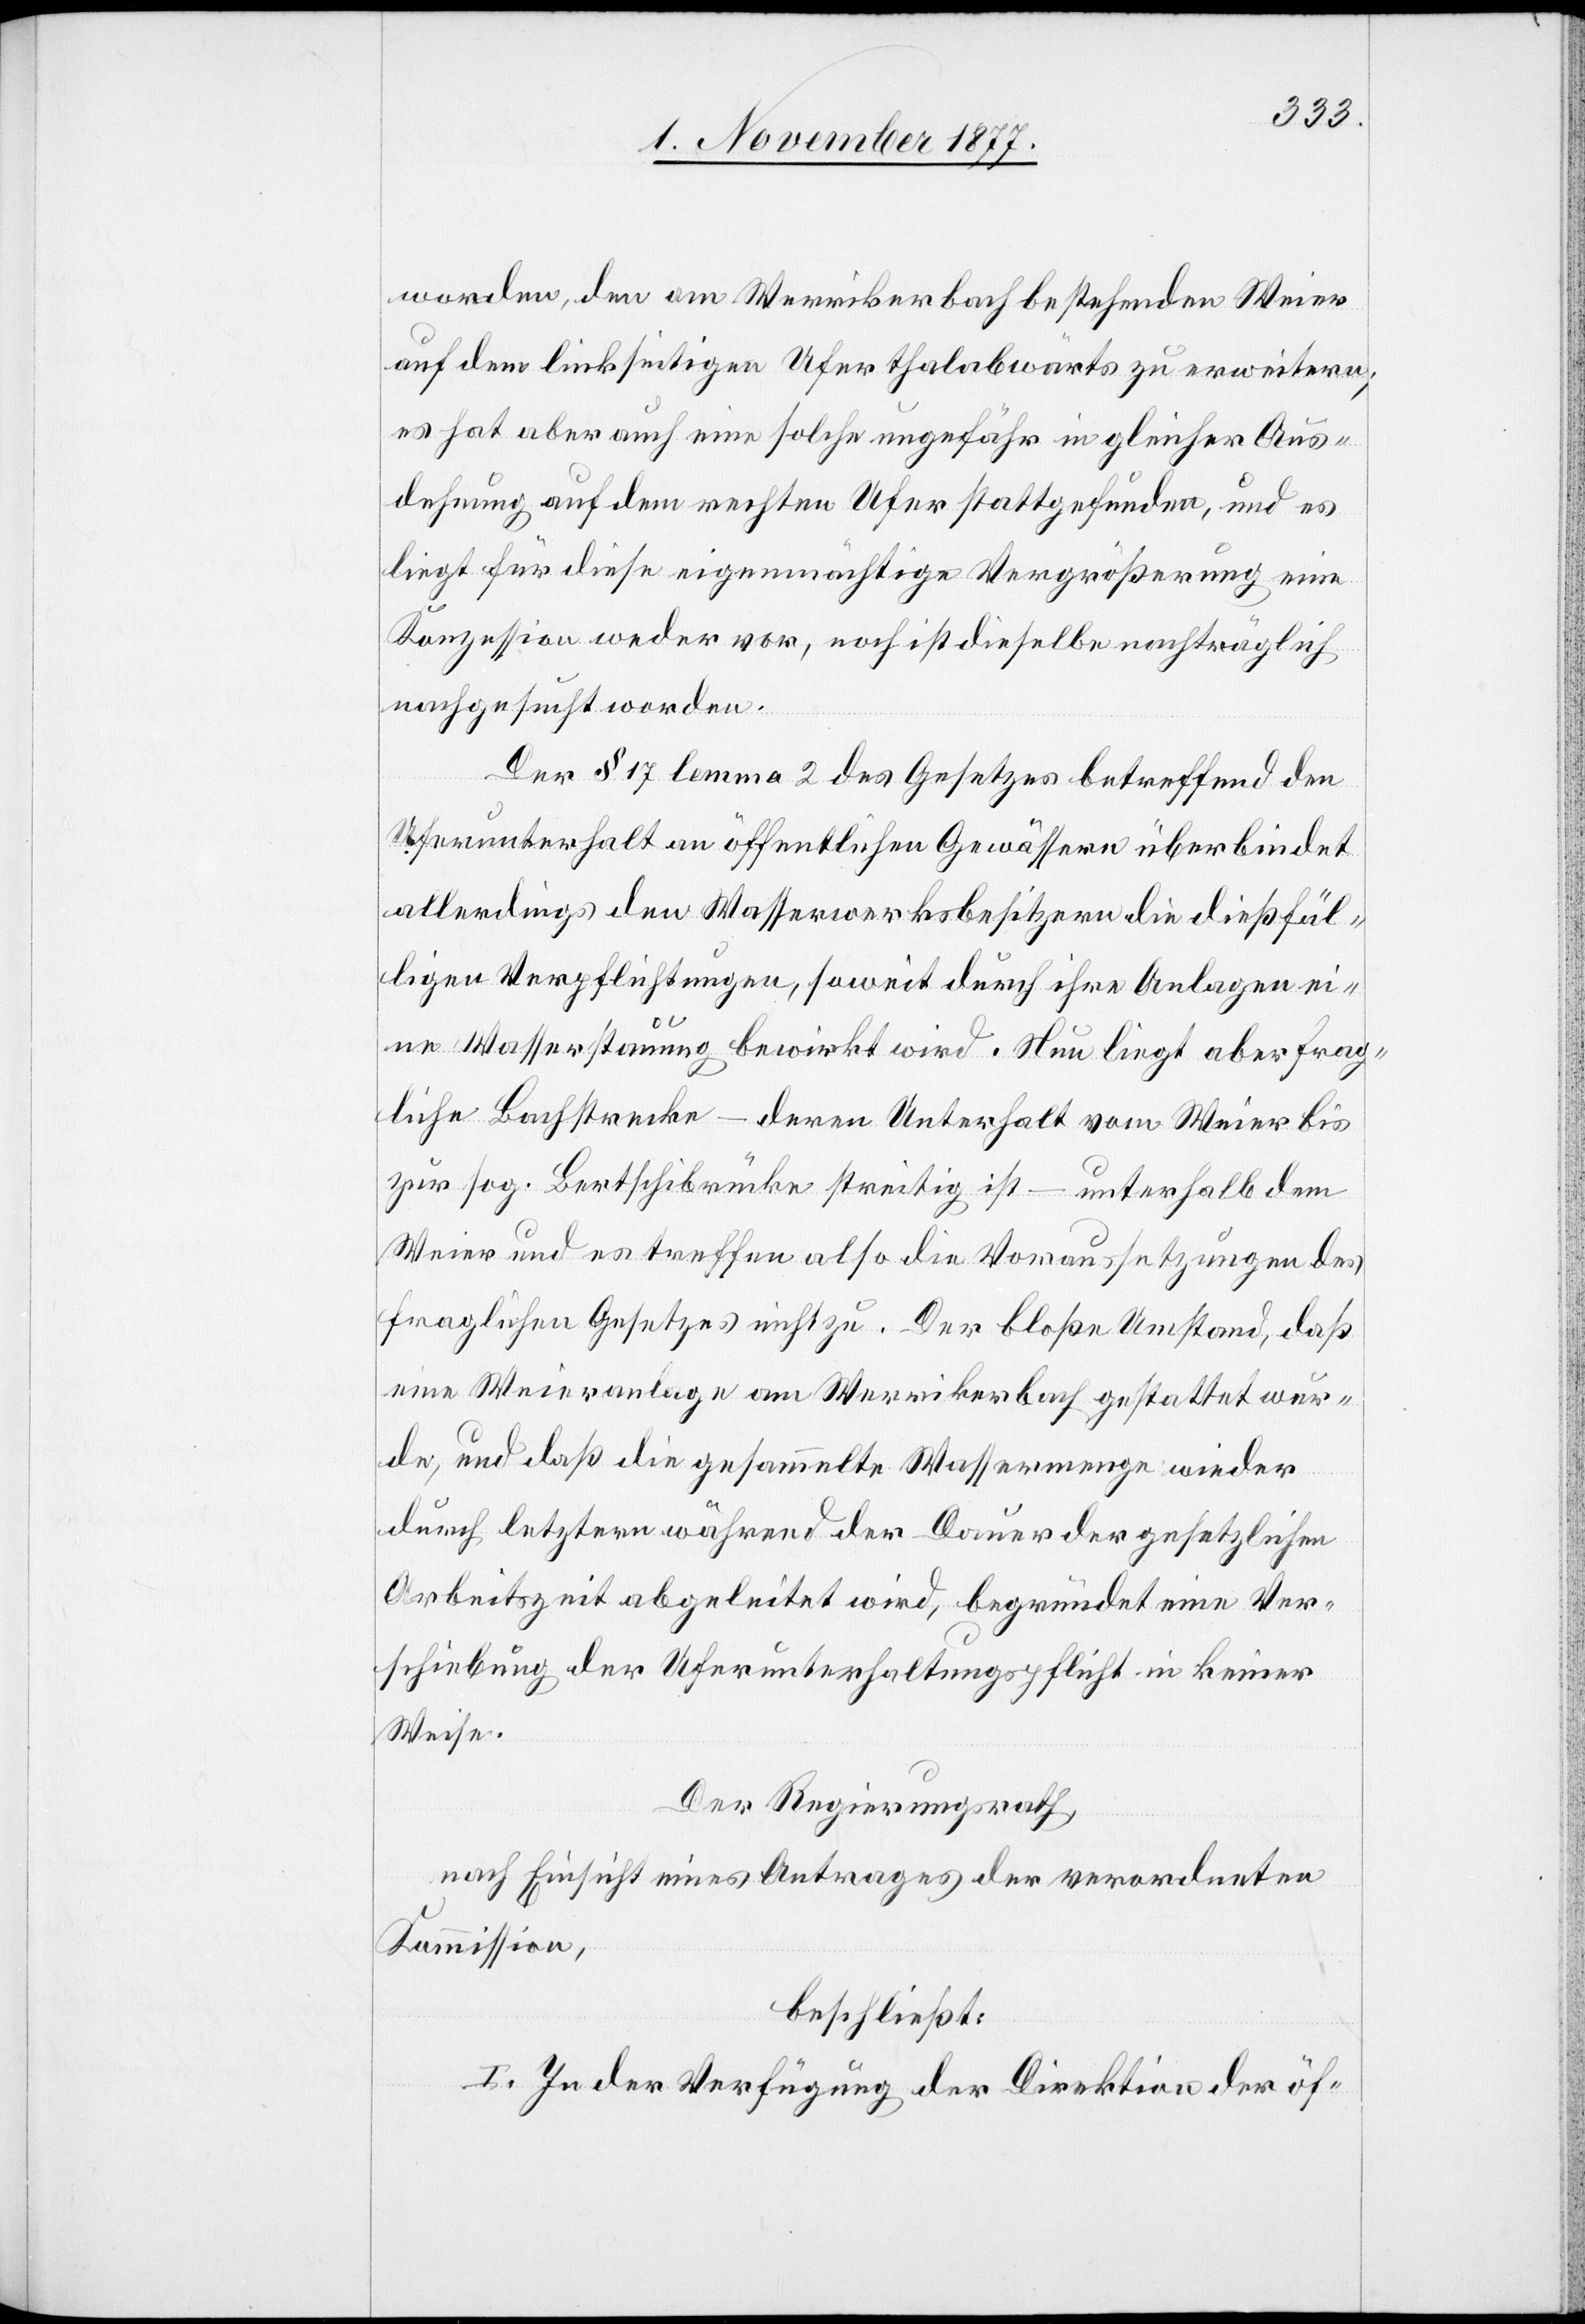
worden, den am Werrikerbach bestehenden Weier
auf dem linkseitigen Ufer thalabwärts zu erweitern;
es hat aber auch eine solche ungefähr in gleicher Aus¬
dehnung auf dem rechten Ufer stattgefunden, und es
liegt für diese eigenmächtige Vergrößerung eine
Konzession weder vor, noch ist dieselbe nachträglich
nachgesucht worden.
Der § 17 lemma 2 des Gesetzes betreffend den
Uferunterhalt an öffentlichen Gewässern überbindet
allerdings den Wasserwerksbesitzern die dießfäl¬
ligen Verpflichtungen, soweit durch ihre Anlagen ei¬
ne Wasserstauung bewirkt wird. Nun liegt aber frag¬
liche Bachstrecke – deren Unterhalt von Weier bis
zur sog. Bertschibrücke streitig ist – unterhalb dem
Weier und es treffen also die Voraussetzungen des
fraglichen Gesetzes nicht zu. Der bloße Umstand, daß
eine Weieranlage am Werrikerbach gestattet wur¬
de, und daß die gesammelte Wassermenge wieder
durch letztern während der Dauer der gesetzlichen
Arbeitszeit abgeleitet wird, begründet eine Ver¬
schiebung der Uferunterhaltungspflicht in keiner
Weise.
Der Regierungsrath,
nach Einsicht eines Antrages der verordneten
Kommission,
beschließt:
I. In der Verfügung der Direktion der öf-